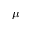
\mu